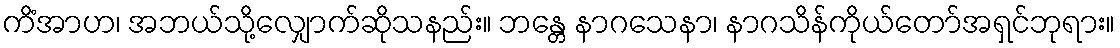
ကိံအာဟ၊ အဘယ်သို့လျှောက်ဆိုသနည်း။ ဘန္တေ နာဂသေနာ၊ နာဂသိန်ကိုယ်တော်အရှင်ဘုရား။